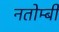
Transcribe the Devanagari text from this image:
नतोम्बी